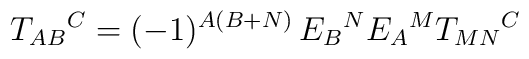
T_{AB}{}^C = (-1)^{A(B+N)} \, E_B{}^N E_A{}^M T_{MN}{}^C